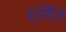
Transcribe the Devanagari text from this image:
दर्णित